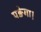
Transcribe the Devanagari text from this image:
पङेगा।